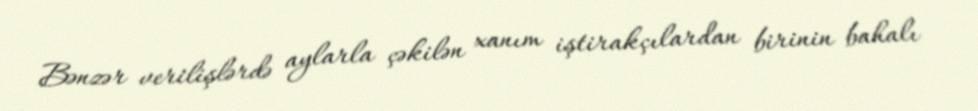
Bənzər verilişlərdə aylarla çəkilən xanım iştirakçılardan birinin bahalı